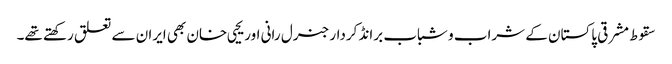
سقوط مشرقی پاکستان کے شراب و شباب برانڈ کردار جنرل رانی اور یحیی خان بھی ایران سے تعلق رکھتے تھے۔